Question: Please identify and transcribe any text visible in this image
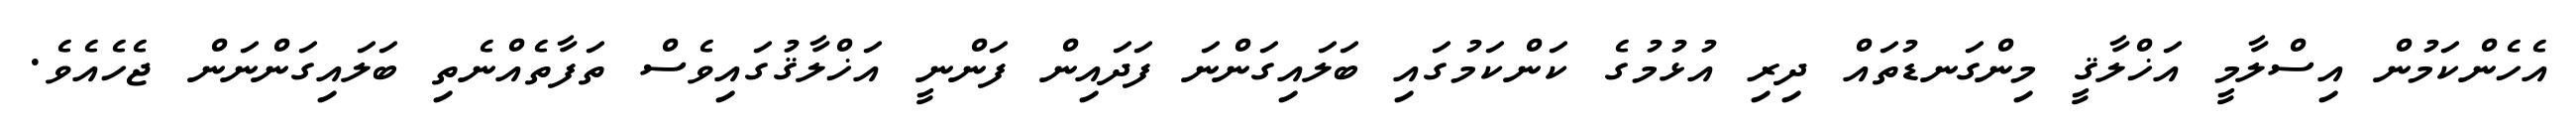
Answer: އެހެންކަމުން އިސްލާމީ އަޚްލާޤީ މިންގަނޑުތައް ދިރި އުޅުމުގެ ކަންކަމުގައި ބަލައިގަންނަ ފަދައިން ފަންނީ އަޚްލާޤުގައިވެސް ތަފާތެއްނެތި ބަލައިގަންނަން ޖެހެއެވެ.